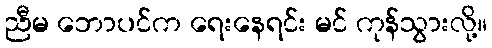
ညီမ ဘောပင်က ရေးနေရင်း မင် ကုန်သွားလို့။